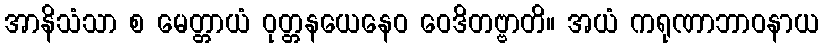
အာနိသံသာ စ မေတ္တာယံ ဝုတ္တနယေနေဝ ဝေဒိတဗ္ဗာတိ။ အယံ ကရုဏာဘာဝနာယ